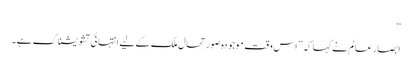
‘‘
ابصار عالم نے کہا کہ ’’اس وقت موجودہ صورتحال ملک کے لیے انتہائی تشویشناک ہے۔